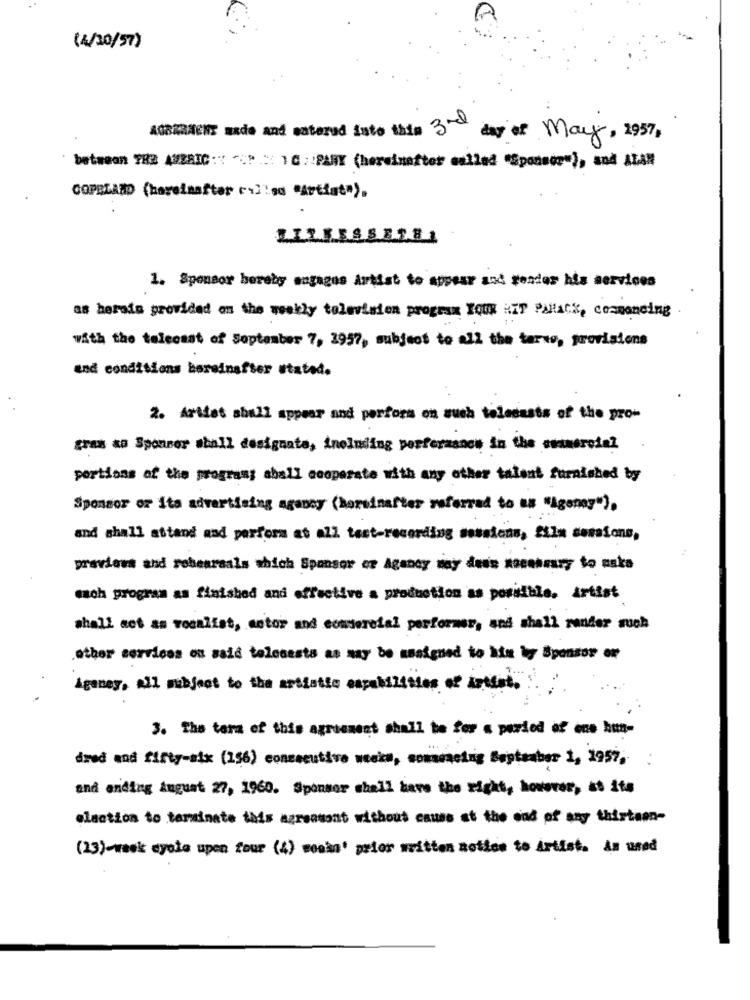
(4/30/57)
AGRERACKS sade and entered into the 3rd day of May, 1957
between THE AMERIC :" """ : 10: PARY (hereinafter called "Sponsor"), and ALAR
COPELAND (hereinafter cil:so "Artist").
ZILESSSES81
1. Sponsor hereby engages Artist to appear and gender his services
as herais provided on the weekly televisien program You HIT Palack, commanding
with the talecast of September 7, 3957, subject to all the tarwe, provisions
and conditions hereinafter stated.
2. Artdet shall appear and perfors on such telecasts of the pro-
gras as Sponsor shall desigante, including performance in the commercial
portions of the program; aball cooperate with any other talent furnished by
Sponsor or ita advertising agaboy (horsinafter referred to as "igang"),
and shall attand and perform at all test-recording sessions, fila sessions,
previews and robearasla which Sponsor er Agancy may dess necessary to uska
mach program as finished and effective a production as possible. artist
shall not an vocalist, actor and commercial performer, and shall runder much
other services on said telesesta as may be assigned to itu by Sponsor or
Agoney, all subject to the artistic capabilities of setdet.
3. The tera of this agreement shall be for a period of ece hun-
dred and fifty-six (156) consecutive weeks, conseacing September 1, 1957,
and ending August 27, 1960. Sponsor shall have the right, however, at its
elaction to terminate this agreatont without cause at the end of any thirteen-
(23)-week cycle upen tour (4) woman' prior written motion to Artist. As used